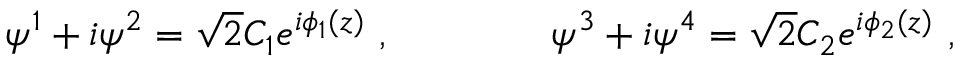
\psi ^ { 1 } + i \psi ^ { 2 } = \sqrt 2 C _ { 1 } e ^ { i \phi _ { 1 } ( z ) } \ , \qquad \qquad \psi ^ { 3 } + i \psi ^ { 4 } = \sqrt 2 C _ { 2 } e ^ { i \phi _ { 2 } ( z ) } \ , \nonumber